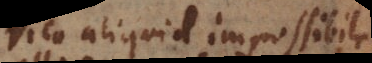
Dico aliquid impossibile